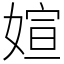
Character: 媗